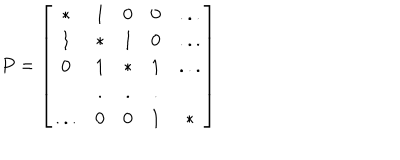
P = \left[ \begin{array} { c c c c c } { { * } } & { { 1 } } & { { 0 } } & { { 0 } } & { { . . . } } \\ { { 1 } } & { { * } } & { { 1 } } & { { 0 } } & { { . . . } } \\ { { 0 } } & { { 1 } } & { { * } } & { { 1 } } & { { . . . } } \\ { { } } & { { . } } & { { . } } & { { . } } & { { } } \\ { { . . . } } & { { 0 } } & { { 0 } } & { { 1 } } & { { * } } \\ \end{array} \right]